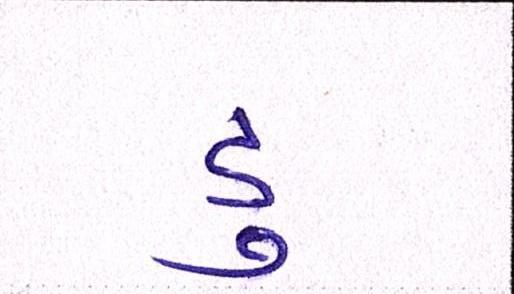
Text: ડુ